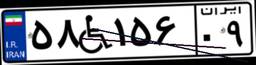
۵۸W۱۵۶۰۹